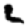
Digit: 2